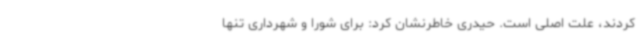
کردند، علت اصلی است. حیدری خاطرنشان کرد: برای شورا و شهرداری تنها